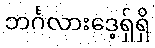
ဘင်္ဂလားဒေ့ရှ်ရှိ